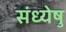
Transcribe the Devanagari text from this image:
संध्येषु